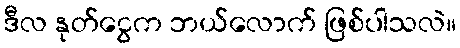
ဒီလ နုတ်ငွေက ဘယ်လောက် ဖြစ်ပါသလဲ။